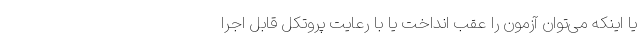
یا اینکه می‌توان آزمون را عقب انداخت یا با رعایت پروتکل قابل اجرا